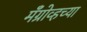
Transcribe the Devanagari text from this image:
मँग्रोव्हच्या